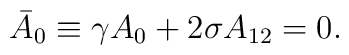
\bar{A}_0\equiv \gamma A_0+2\sigma A_{12}=0.